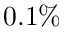
0 . 1 \%